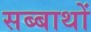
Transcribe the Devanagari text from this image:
सब्बाथों